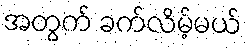
အတွက် ခက်လိမ့်မယ်